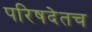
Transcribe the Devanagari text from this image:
परिषदेतच